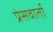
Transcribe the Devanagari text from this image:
प्रेसवार्ता